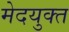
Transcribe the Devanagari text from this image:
मेदयुक्त